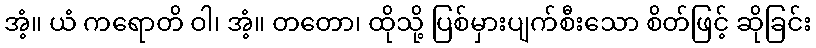
အံ့။ ယံ ကရောတိ ဝါ၊ အံ့။ တတော၊ ထိုသို့ ပြစ်မှားပျက်စီးသော စိတ်ဖြင့် ဆိုခြင်း